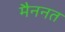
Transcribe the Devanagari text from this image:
मैननत